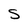
Character: S